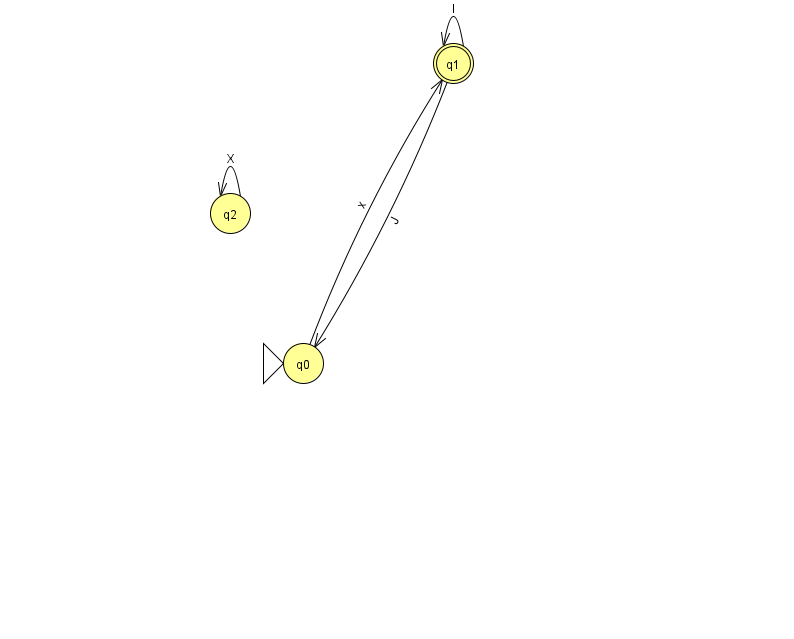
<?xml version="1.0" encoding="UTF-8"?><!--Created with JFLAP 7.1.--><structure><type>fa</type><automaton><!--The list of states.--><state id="0" name="q0"><x>303.0</x><y>350.0</y><initial/></state><state id="1" name="q1"><x>453.0</x><y>50.0</y><final/></state><state id="2" name="q2"><x>230.0</x><y>200.0</y></state><!--The list of transitions.--><transition><from>0</from><to>1</to><read>x</read></transition><transition><from>1</from><to>0</to><read>J</read></transition><transition><from>2</from><to>2</to><read>X</read></transition><transition><from>1</from><to>1</to><read>l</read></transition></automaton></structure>